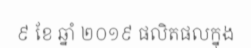
៩ ខែ ឆ្នាំ ២០១៩ ផលិតផលក្នុង